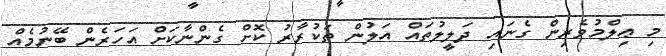
މި ޢިލްމުވެރިން ގެނައި ދަލީލުތައް އަލުން ތަކުރާރު ކޮށް ގެންނާކަށް އަހަރެން ބޭނުމެއް